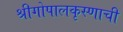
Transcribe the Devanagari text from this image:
श्रीगोपालकृस्णाची